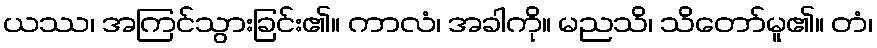
ယဿ၊ အကြင်သွားခြင်း၏။ ကာလံ၊ အခါကို။ မညသိ၊ သိတော်မူ၏။ တံ၊